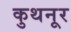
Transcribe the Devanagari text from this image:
कुथनूर